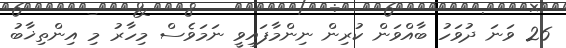
26 ވަނަ ދުވަހު ބާއްވަން ކުރިން ނިންމާފައިވީ ނަމަވެސް މިހާރު މި އިންތިޚާބު